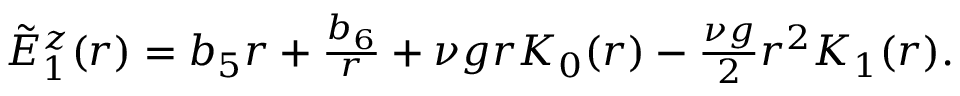
\begin{array} { r } { \tilde { E } _ { 1 } ^ { z } ( r ) = b _ { 5 } r + \frac { b _ { 6 } } { r } + \nu g r K _ { 0 } ( r ) - \frac { \nu g } { 2 } r ^ { 2 } K _ { 1 } ( r ) . } \end{array}